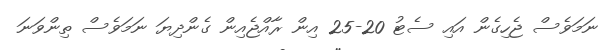
ނަމަވެސް ޖެހިގެން އައި ސެޓު 20-25 އިން ރާއްޖެއިން ގެންދިޔަ ނަމަވެސް ތިންވަނަ